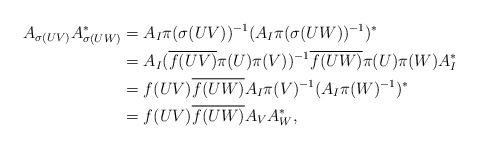
LaTeX: \begin{align*}A_{\sigma(UV)}A_{\sigma(UW)}^*&= A_I\pi(\sigma(UV))^{-1}( A_I\pi(\sigma(UW))^{-1} )^*\\&=A_I(\overline{f(UV)}\pi(U)\pi(V))^{-1} \overline{f(UW)}\pi(U)\pi(W)A^*_I\\&=f(UV)\overline{f(UW)} A_I\pi(V)^{-1}(A_I\pi(W)^{-1})^*\\&=f(UV)\overline{f(UW)} A_VA_W^*, \end{align*}